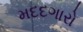
મદદગારો